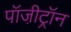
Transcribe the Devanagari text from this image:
पॉजी़ट्रॉन